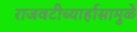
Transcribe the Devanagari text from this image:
राजवटीच्यार्हासामुळे